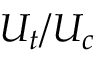
U _ { t } / U _ { c }